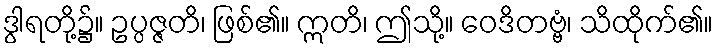
ဒွါရတို့၌။ ဥပ္ပဇ္ဇတိ၊ ဖြစ်၏။ ဣတိ၊ ဤသို့။ ဝေဒိတဗ္ဗံ၊ သိထိုက်၏။